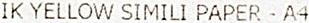
IK YELLOW SIMILI PAPER - A4